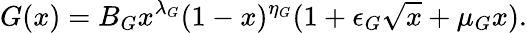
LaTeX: G(x)=B_{G}x^{\lambda_{G}}(1-x)^{\eta_{G}}(1+\epsilon_{G}\sqrt{x}+\mu_{G}x).